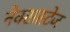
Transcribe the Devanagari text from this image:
नेक्सस्टेज